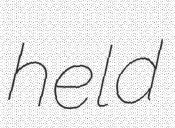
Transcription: held